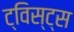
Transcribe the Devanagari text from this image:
ट्विस्ट्स